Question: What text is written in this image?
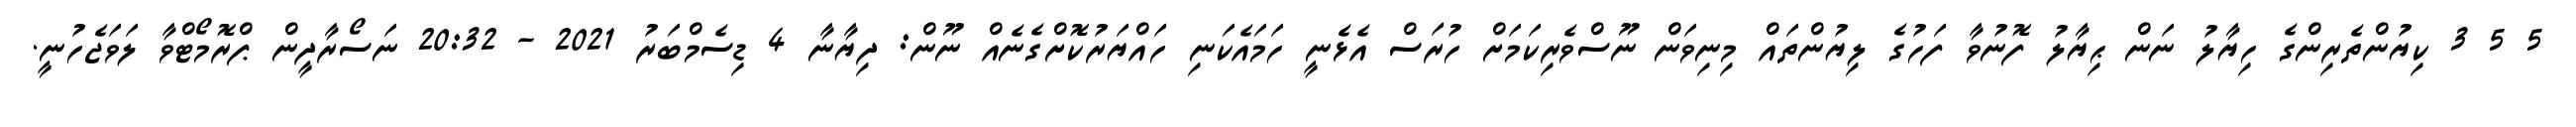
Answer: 5 5 3 ކިޔުންތެރިންގެ ހިޔާލު ނަން ޙިޔާލު ފޮނުވާ ފަހުގެ ލިޔުންތައް މިނިވަން ނޫސްވެރިކަމަށް ހުރަސް އެޅެނީ ހަމައެކަނި ހައްޔަރުކޮށްގެނެއް ނޫން: ދިޔާނާ 4 ޑިސެމްބަރު 2021 - 20:32 ނަސޯރާދީން ޕްރޮމޯޓްވާ ލަވަޖެހުނީ.